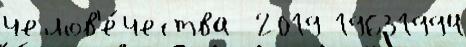
челов'е́чества  2019 19631994